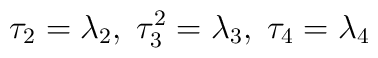
\tau_2 = \lambda_2, \; \tau^2_3 = \lambda_3, \; \tau_4 = \lambda_4